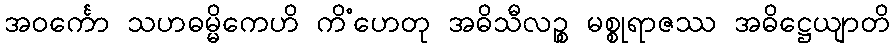
အဝင်္ကော သဟဓမ္မိကေဟိ ကိံဟေတု အဓိသီလဉ္စ မစ္စုရာဇဿ အဓိဋ္ဌေယျာတိ